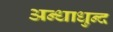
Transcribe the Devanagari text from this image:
अन्धाधुन्द